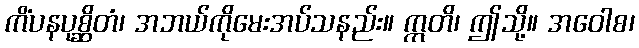
ကိံပနပုစ္ဆိတံ၊ အဘယ်ကိုမေးအပ်သနည်း။ ဣတိ၊ ဤသို့။ အဝေါစ၊